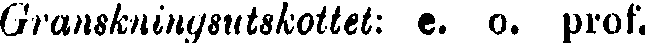
Granskningsutskottet: e. o. prof.